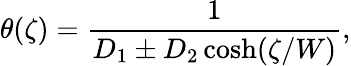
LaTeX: \theta(\zeta)=\frac{1}{D_{1}\pm D_{2}\cosh(\zeta/W)},